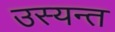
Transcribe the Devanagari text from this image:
उस्यन्त